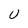
Character: U